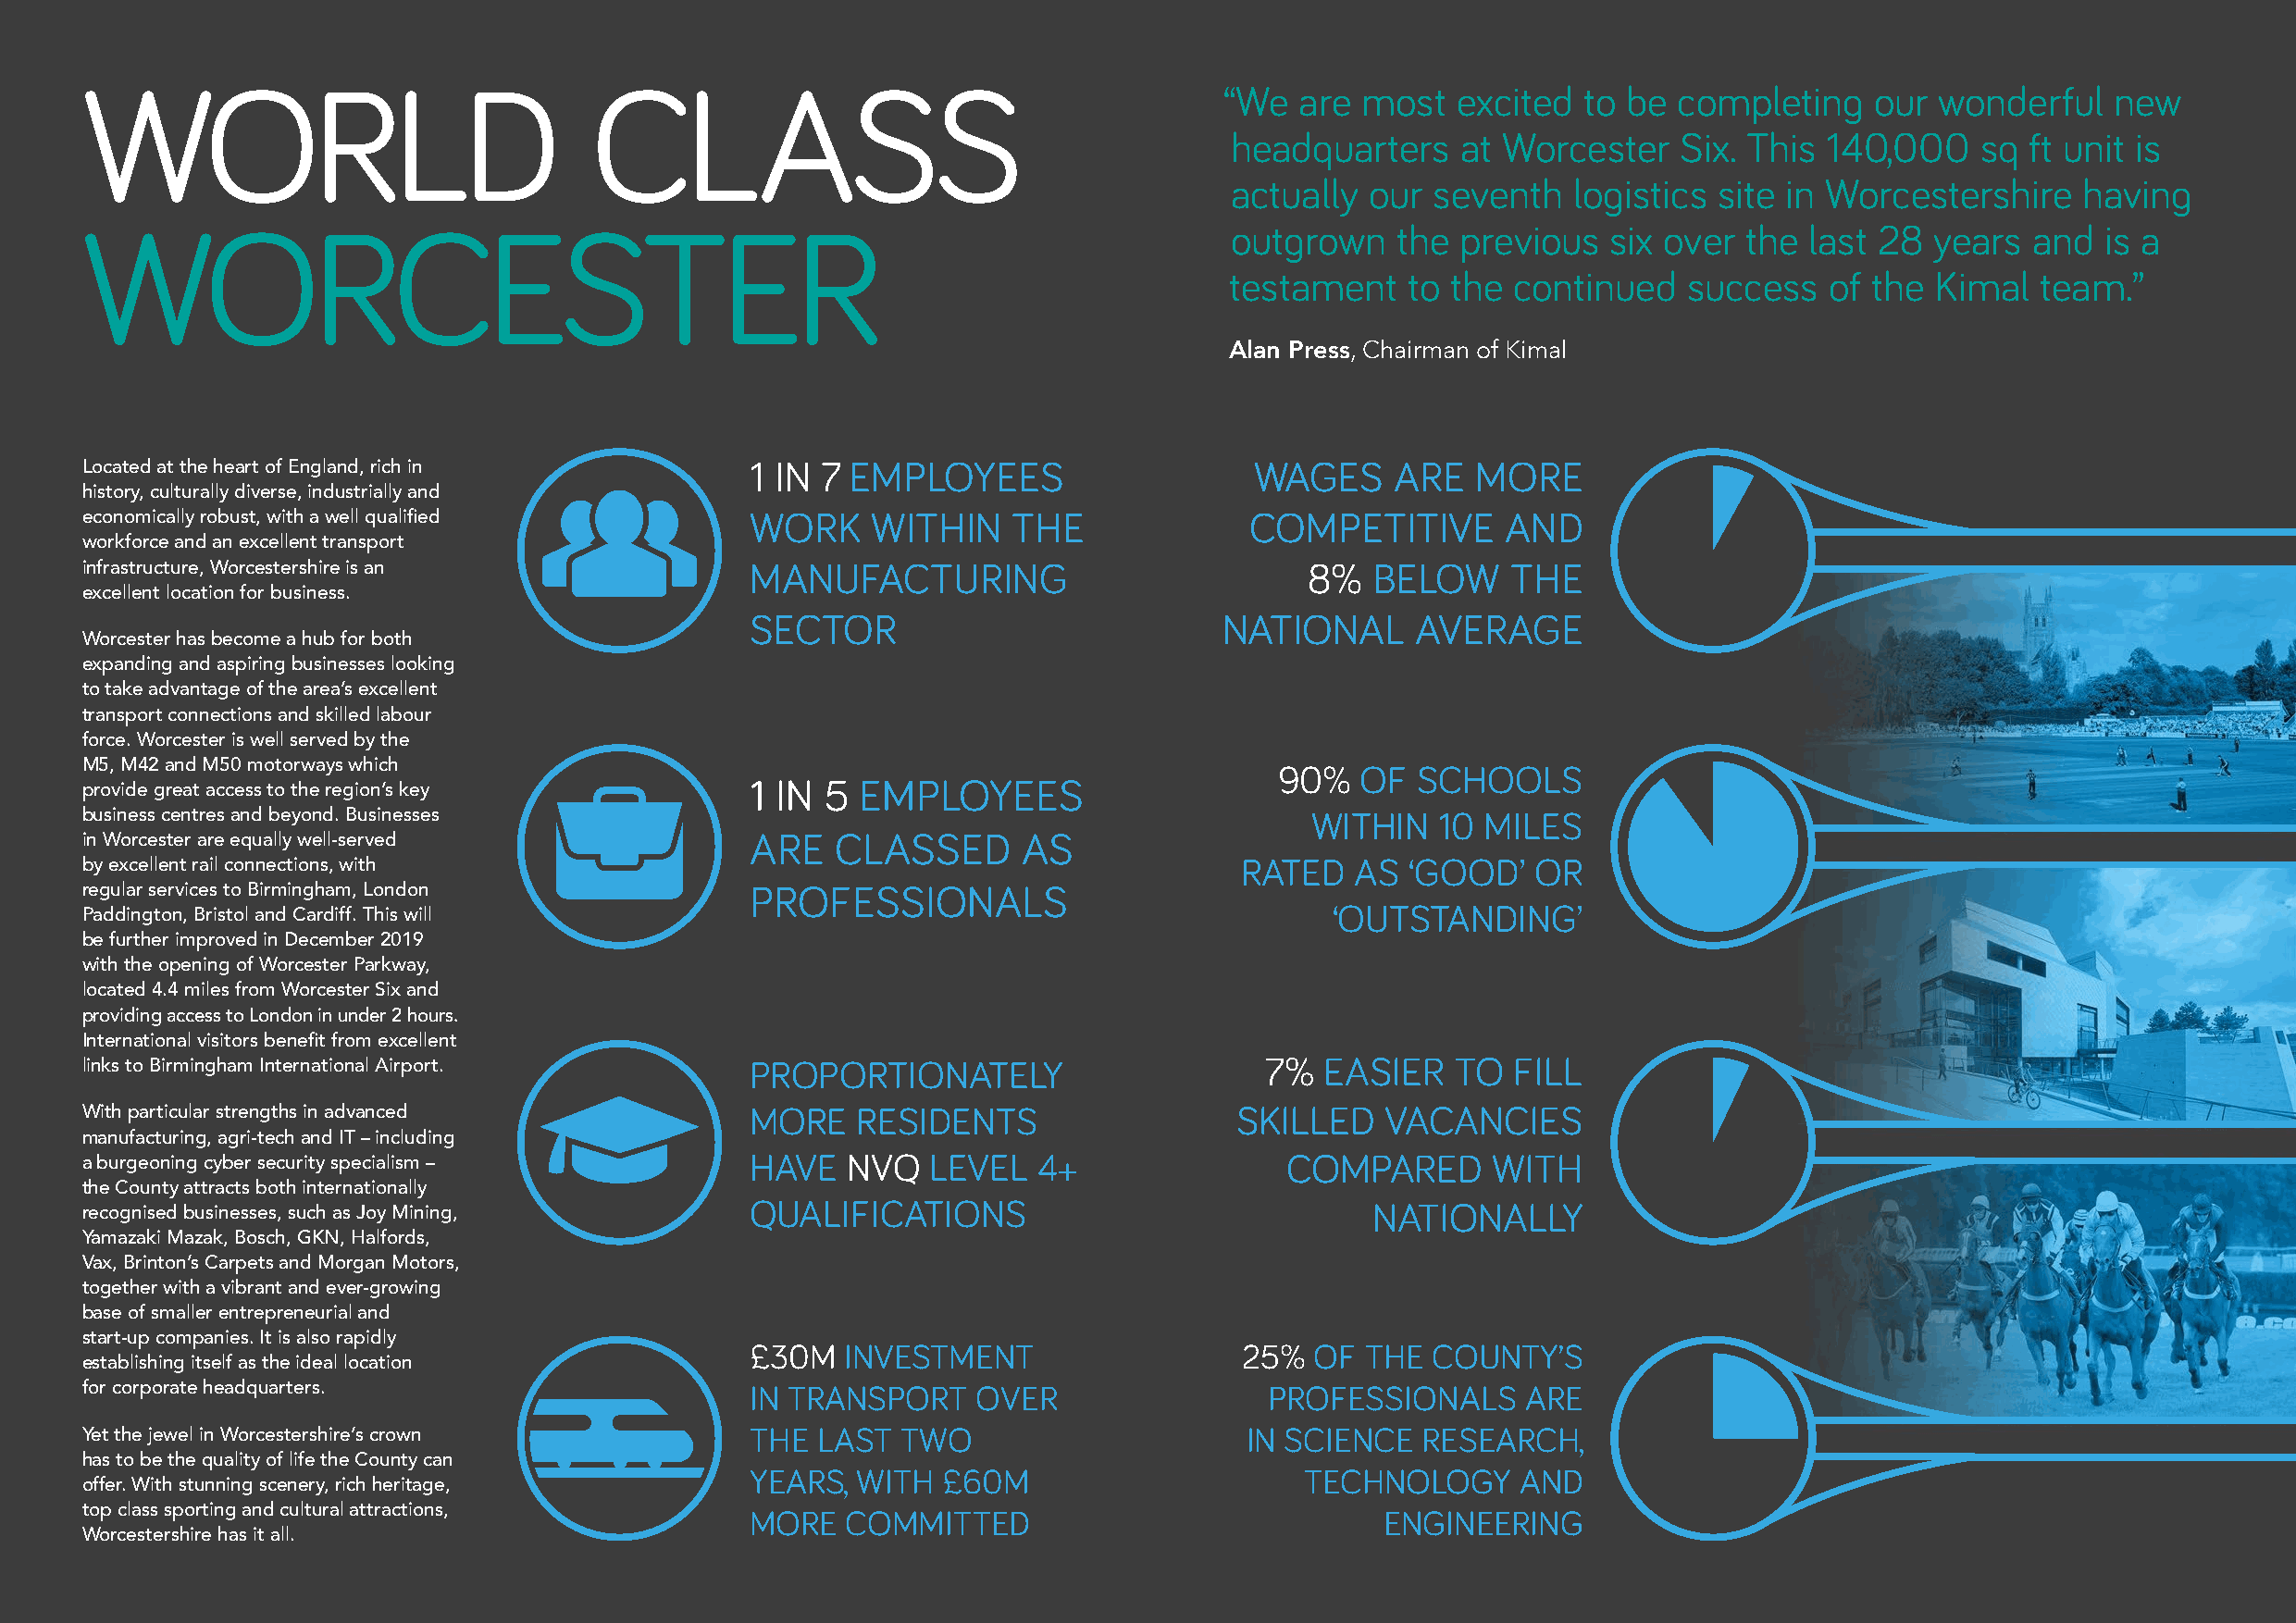
WORLD                               CLASS                                        “We   are most   excited  to be  completing    our  wonderful   new
 headquarters    at Worcester    Six. This  140,000    sq ft unit is
 actually  our seventh    logistics site in Worcestershire    having
 WORCESTER                                                                         outgrown    the previous   six over  the last 28  years  and   is a
 testament    to the continued    success   of the Kimal   team.”
 Alan Press, Chairman of Kimal
 Located at the heart of England, rich in        1 IN 7 EMPLOYEES                    WAGES     ARE   MORE
 history, culturally diverse, industrially and
 economically robust, with a well qualified      WORK    WITHIN    THE              COMPETITIVE        AND
 workforce and an excellent transport
 infrastructure, Worcestershire is an            MANUFACTURING                           8%  BELOW     THE
 excellent location for business.
 SECTOR                           NATIONAL      AVERAGE
 Worcester has become a hub for both
 expanding and aspiring businesses looking
 to take advantage of the area’s excellent
 transport connections and skilled labour
 force. Worcester is well served by the
 M5, M42 and M50 motorways which                                                      90%   OF  SCHOOLS
 1 IN 5 EMPLOYEES
 provide great access to the region’s key
 business centres and beyond. Businesses                                                 WITHIN   10 MILES
 in Worcester are equally well-served            ARE   CLASSED      AS
 by excellent rail connections, with                                                RATED   AS  ‘GOOD’   OR
 regular services to Birmingham, London          PROFESSIONALS
 ‘OUTSTANDING’
 Paddington, Bristol and Cardiff. This will
 be further improved in December 2019
 with the opening of Worcester Parkway,
 located 4.4 miles from Worcester Six and
 providing access to London in under 2 hours.
 International visitors benefit from excellent
 links to Birmingham International Airport.      PROPORTIONATELY                     7%   EASIER   TO  FILL
 With particular strengths in advanced           MORE   RESIDENTS                  SKILLED    VACANCIES
 manufacturing, agri-tech and IT – including
 a burgeoning cyber security specialism –        HAVE   NVQ  LEVEL   4+                COMPARED       WITH
 the County attracts both internationally
 QUALIFICATIONS                              NATIONALLY
 recognised businesses, such as Joy Mining,
 Yamazaki Mazak, Bosch, GKN, Halfords,
 Vax, Brinton’s Carpets and Morgan Motors,
 together with a vibrant and ever-growing
 base of smaller entrepreneurial and
 start-up companies. It is also rapidly
 £30M  INVESTMENT                   25%  OF  THE COUNTY’S
 establishing itself as the ideal location
 for corporate headquarters.                     IN TRANSPORT    OVER                 PROFESSIONALS     ARE
 Yet the jewel in Worcestershire’s crown         THE LAST  TWO                      IN SCIENCE   RESEARCH,
 has to be the quality of life the County can
 YEARS, WITH  £60M                      TECHNOLOGY      AND
 offer. With stunning scenery, rich heritage,
 top class sporting and cultural attractions,    MORE   COMMITTED                             ENGINEERING
 Worcestershire has it all.